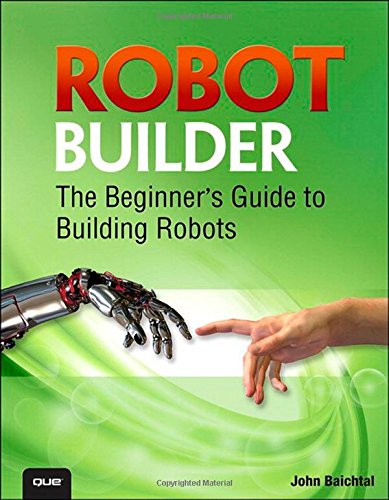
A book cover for Robot Builder: The Beginner's Guide to Building Robots; John Baichtal; Computers & Technology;